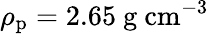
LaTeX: \rho_{\mathrm{p}}=2.65~\textrm{g}~\textrm{cm}^{-3}